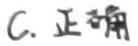
C. 正确